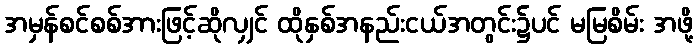
အမှန်စင်စစ်အားဖြင့်ဆိုလျှင် ထိုနှစ်အနည်းငယ်အတွင်း၌ပင် မမြစိမ်း အဖို့